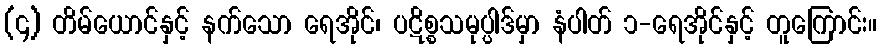
(၄) တိမ်ယောင်နှင့် နက်သော ရေအိုင်၊ ပဋိစ္စသမုပ္ပါဒ်မှာ နံပါတ် ၁-ရေအိုင်နှင့် တူကြောင်း။